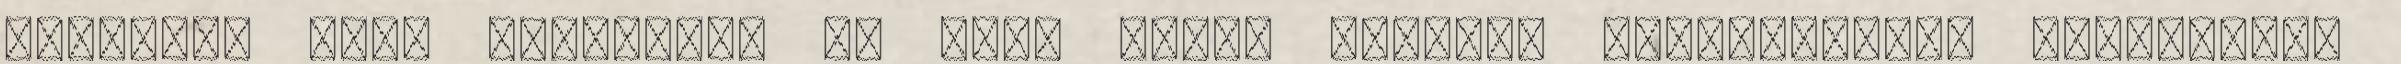
Prontvai Vera elmondta, az Erdő Péter bíboros megbízásából szervezett